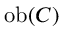
\operatorname { o b } ( C )